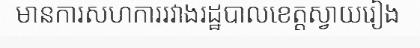
មានការសហការរវាងរដ្ឋបាលខេត្តស្វាយរៀង